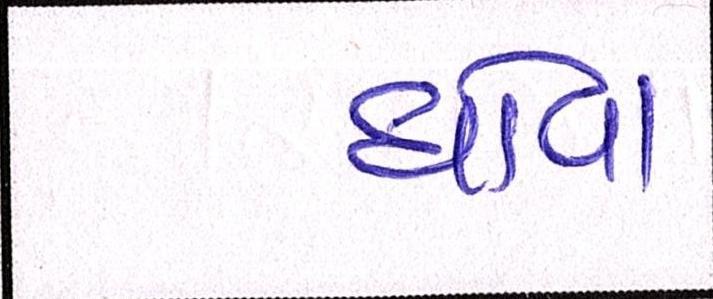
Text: ધોવા